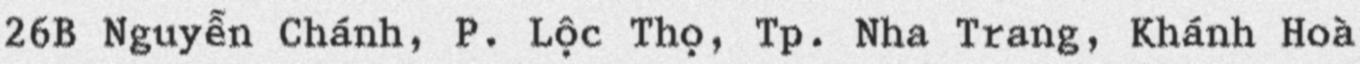
26B Nguyễn Chánh, P. Lộc Thọ, Tp. Nha Trang, Khánh Hoà